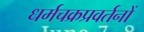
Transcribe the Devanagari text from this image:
धर्मचक्रप्रवर्तनों